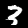
Digit: 3